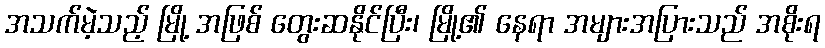
အသက်မဲ့သည့် မြို့ အဖြစ် တွေးဆနိုင်ပြီး၊ မြို့၏ နေရာ အများအပြားသည် အစိုးရ